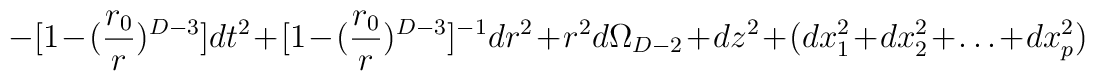
-[1-({r_0\over r})^{D-3}] dt^2 +  [1-({r_0\over r})^{D-3}]^{-1} dr^2+ r^2 d\Omega_{D-2} + dz^2 + (dx_1^2 + dx_2^2 +\ldots +  dx_p^2)